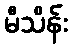
မီသိန်း